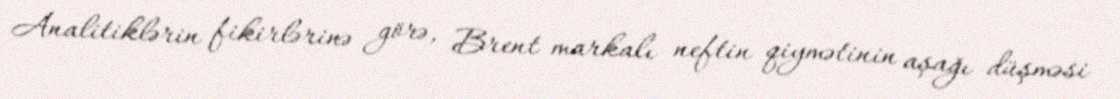
Analitiklərin fikirlərinə görə, Brent markalı neftin qiymətinin aşağı düşməsi